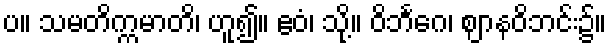
ပ။ သမတိက္ကမာတိ၊ ဟူ၍။ ဧဝံ၊ သို့။ ဝိဘင်္ဂေ၊ ဈာနဝိဘင်း၌။